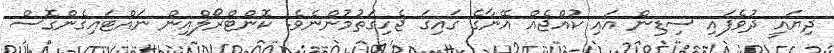
ދިޔައީ ދުވެފައި ސިޑިން އައި ކުއްޖެއް އޭނާގެ ގައިގަ ޖެހިގަތުމުންނެވެ. ކޮންޓްރޯލްއިން ނައްޓައިގެންގޮސް